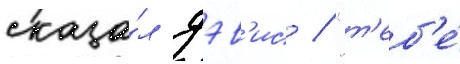
сказа́л дэв'ис / "т'еб'е́